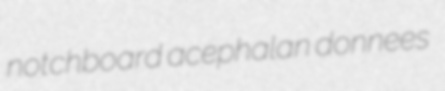
notchboard acephalan donnees